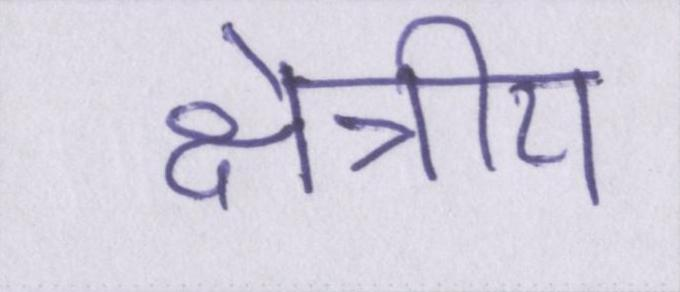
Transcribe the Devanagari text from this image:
क्षेत्रीय